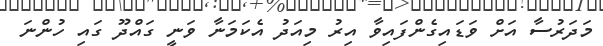
މަދަރުސާ އަށް ވަޑައިގެންފައިވާ އިރު މިއަދު އެކަމަނާ ވަނީ ގައްދޫ ގައި ހުންނަ